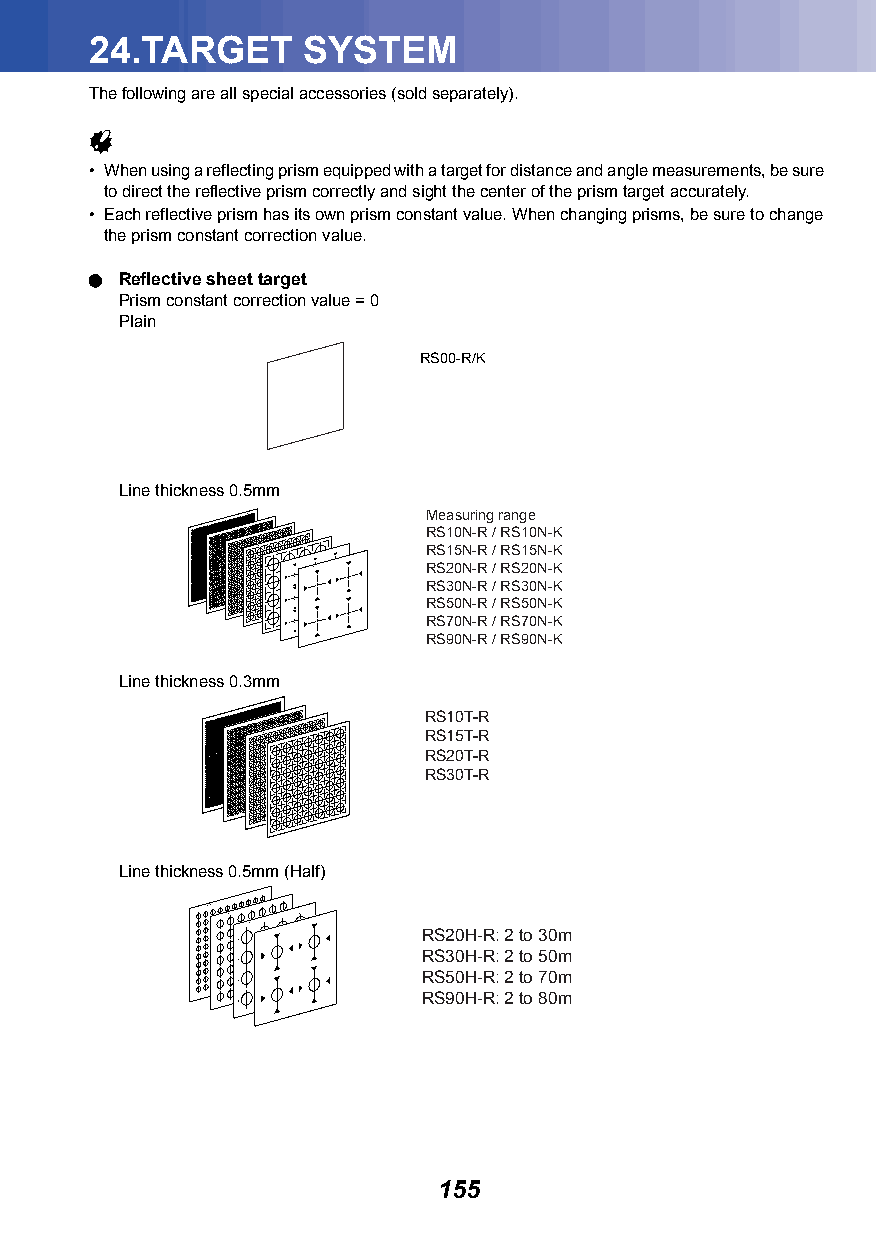
24.TARGET     SYSTEM
 The following are all special accessories (sold separately).
 
 • When using a reflecting prism equipped with a target for distance and angle measurements, be sure
 to direct the reflective prism correctly and sight the center of the prism target accurately.
 • Each reflective prism has its own prism constant value. When changing prisms, be sure to change
 the prism constant correction value.
  Reflective sheet target
 Prism constant correction value = 0
 Plain
 RS00-R/K
 Line thickness 0.5mm
 Measuring range
 RS10N-R / RS10N-K
 RS15N-R / RS15N-K
 RS20N-R / RS20N-K
 RS30N-R / RS30N-K
 RS50N-R / RS50N-K
 RS70N-R / RS70N-K
 RS90N-R / RS90N-K
 Line thickness 0.3mm
 RS10T-R
 RS15T-R
 RS20T-R
 RS30T-R
 Line thickness 0.5mm (Half)
 RS20H-R: 2 to 30m
 RS30H-R: 2 to 50m
 RS50H-R: 2 to 70m
 RS90H-R: 2 to 80m
 155